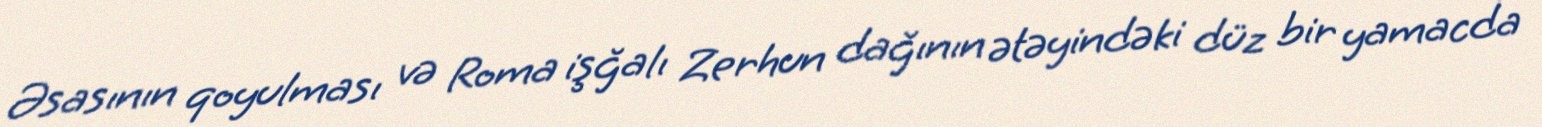
Əsasının qoyulması və Roma işğalı Zerhun dağının ətəyindəki düz bir yamacda